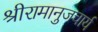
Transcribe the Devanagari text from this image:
श्रीरामानुजचार्य